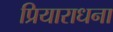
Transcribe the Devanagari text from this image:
प्रियाराधना